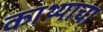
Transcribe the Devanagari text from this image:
काथ्याचा